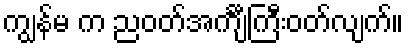
ကျွန်မ က ညဝတ်အင်္ကျီကြီးဝတ်လျက်။